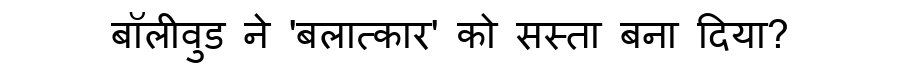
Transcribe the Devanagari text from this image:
बॉलीवुड ने 'बलात्कार' को सस्ता बना दिया?